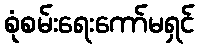
စုံစမ်းရေးကော်မရှင်